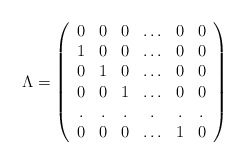
\begin{align*}\Lambda=\left( \begin{array}{cccccc}0&0&0&\ldots&0&0\\1&0&0&\ldots&0&0\\0&1&0&\ldots&0&0\\0&0&1&\ldots&0&0\\.&.&.&.&.&.\\0&0&0&\ldots&1&0 \end{array}\right)\end{align*}